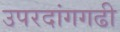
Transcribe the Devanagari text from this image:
उपरदांगगढी